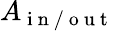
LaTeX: A_{\mathrm{~i~n~/~o~u~t~}}